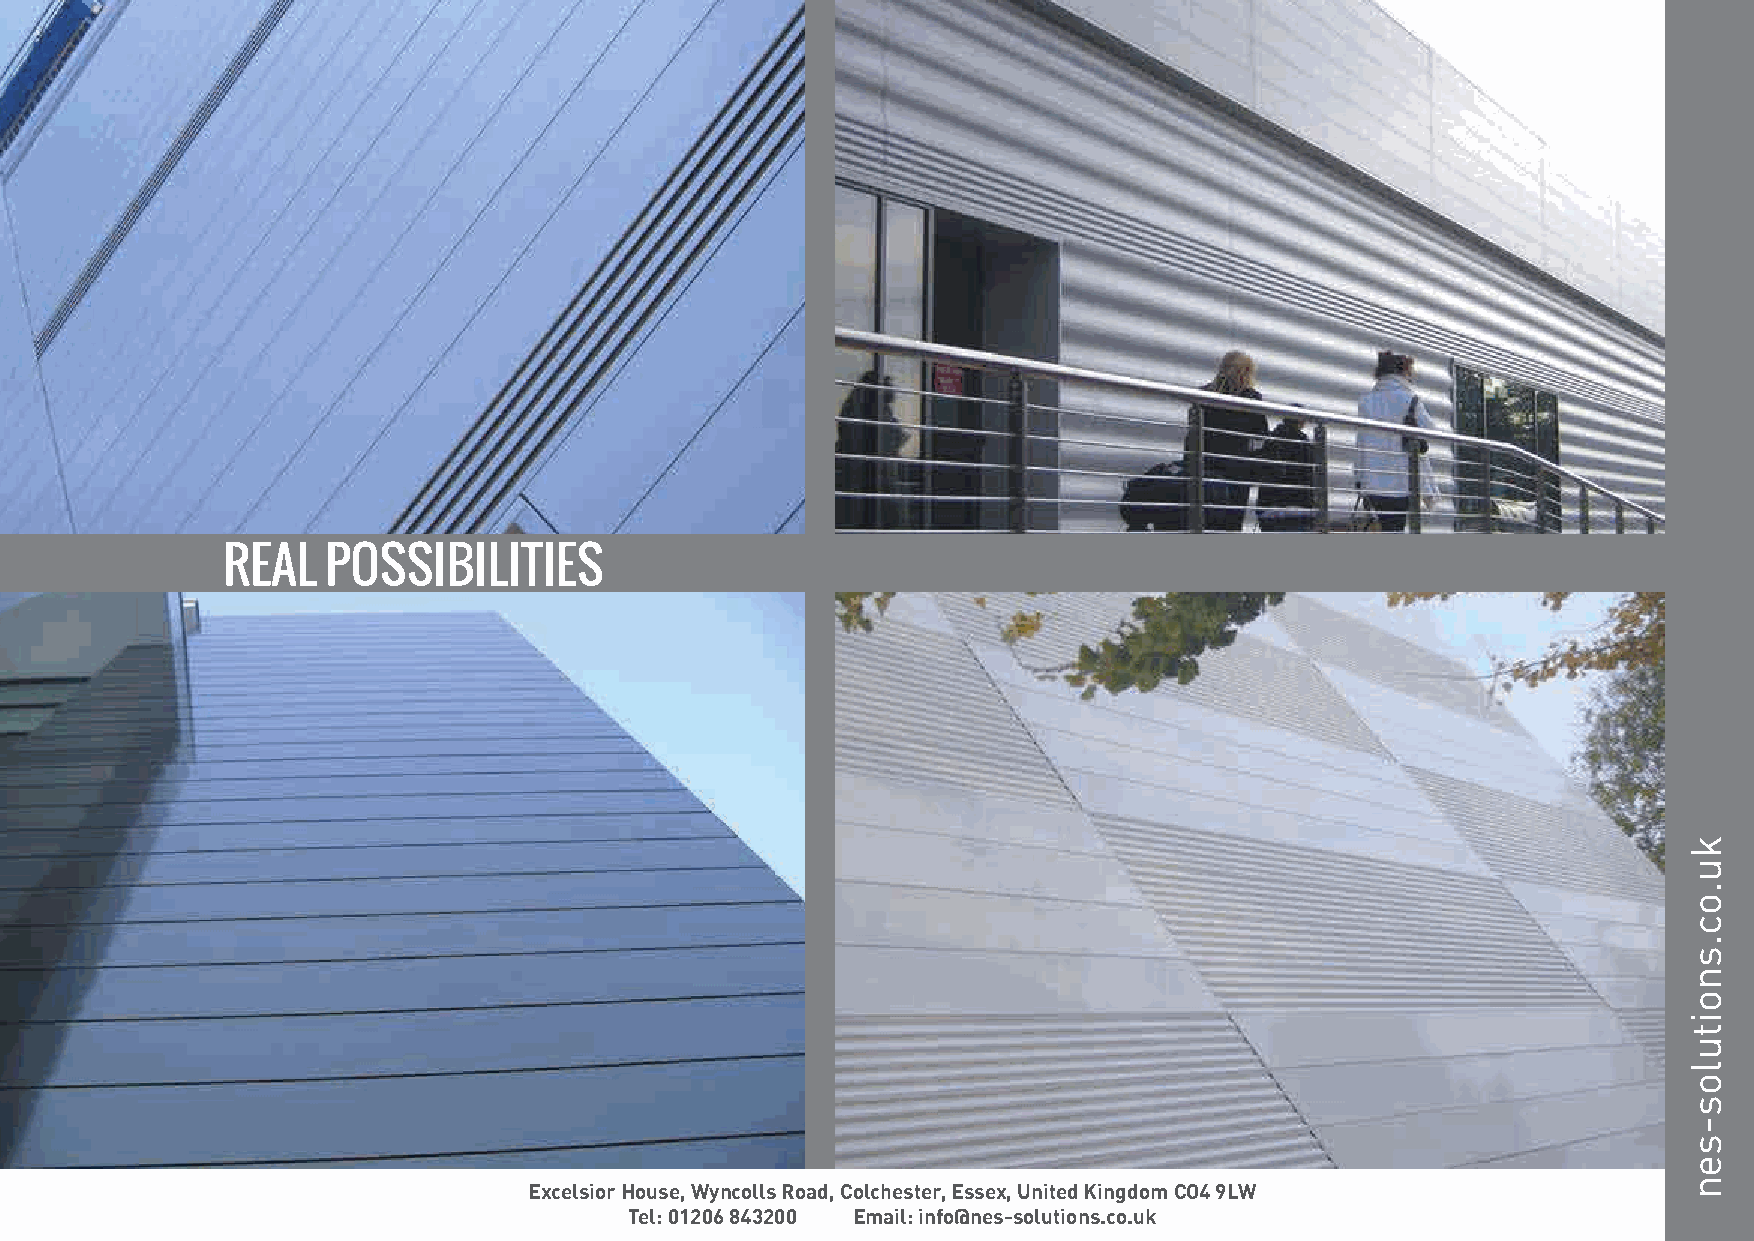
Excelsior House, Wyncolls Road, Colchester, Essex, United Kingdom CO4 9LW
 Tel: 01206 843200 Email: info@nes-solutions.co.uk
 ku.oc.snoitulos-sen                                                                                             ku.oc.snoitulos-sen